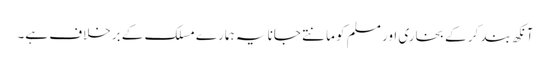
آنکھ بند کر کے بخاری اور مسلم کو مانتے جانا یہ ہمارے مسلک کے برخلاف ہے۔